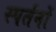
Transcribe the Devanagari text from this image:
स्पर्तनों